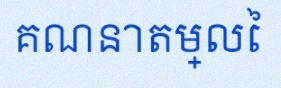
គណនាតម្លៃ